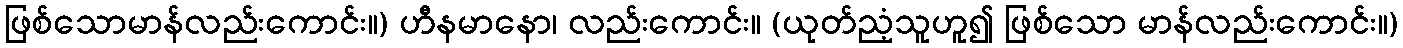
ဖြစ်သောမာန်လည်းကောင်း။) ဟီနမာနော၊ လည်းကောင်း။ (ယုတ်ညံ့သူဟူ၍ ဖြစ်သော မာန်လည်းကောင်း။)